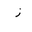
Letter: _zay